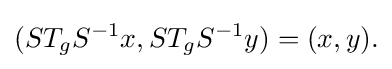
\displaystyle {(ST_{g}S^{-1}x,ST_{g}S^{-1}y)=(x,y).}